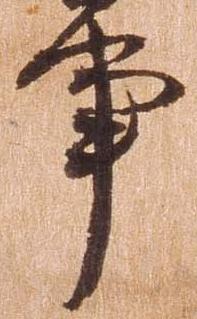
亊